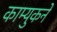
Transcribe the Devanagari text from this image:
काम्युकने